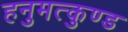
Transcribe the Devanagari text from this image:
हनुमत्कुण्ड